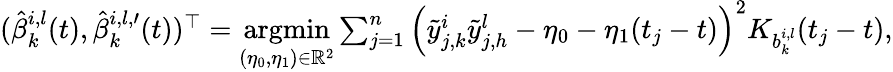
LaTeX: \begin{array}{r}{(\hat{\beta}_{k}^{i,l}(t),\hat{\beta}_{k}^{i,l,\prime}(t))^{\top}=\underset{(\eta_{0},\eta_{1})\in\mathbb{R}^{2}}{\mathrm{argmin}}\sum_{j=1}^{n}\left(\tilde{y}_{j,k}^{i}\tilde{y}_{j,h}^{l}-\eta_{0}-\eta_{1}(t_{j}-t)\right)^{2}K_{b_{k}^{i,l}}(t_{j}-t),}\end{array}